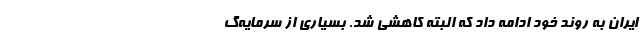
ایران به روند خود ادامه داد که البته کاهشی شد. بسیاری از سرمایه‌گ